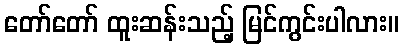
တော်တော် ထူးဆန်းသည့် မြင်ကွင်းပါလား။